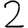
Digit: 2